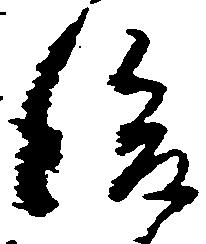
後